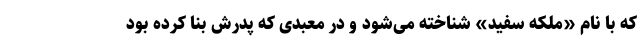
که با نام «ملکه سفید» شناخته می‌شود و در معبدی که پدرش بنا کرده بود